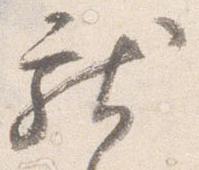
献